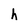
Character: h